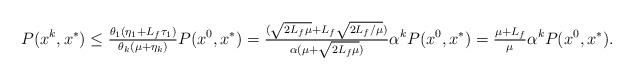
LaTeX: \begin{align*}P(x^k,x^*) \le \tfrac{\theta_1 (\eta_1 + L_f \tau_1)}{\theta_k(\mu+ \eta_k)} P(x^0, x^*) =\tfrac{(\sqrt{2 L_f \mu} + L_f \sqrt{2 L_f/\mu})}{\alpha (\mu + \sqrt{2 L_f\mu}) } \alpha^k P(x^0, x^*)= \tfrac{\mu + L_f}{\mu} \alpha^k P(x^0, x^*).\end{align*}